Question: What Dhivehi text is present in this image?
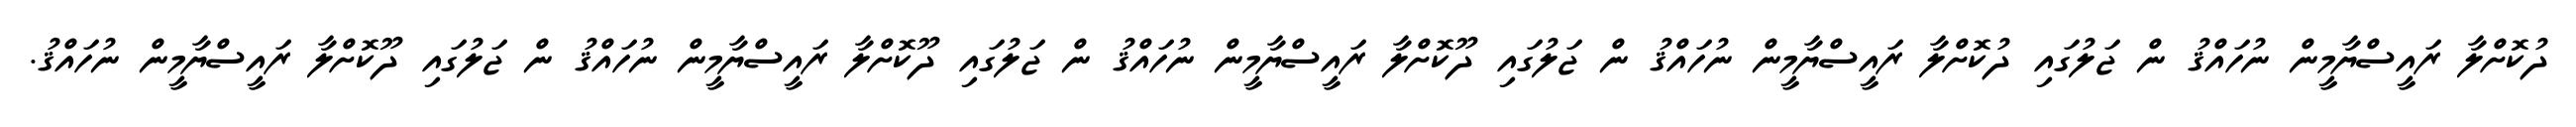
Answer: ދުކޮށްލާ ރައީސްޔާމީން ނުހައްޤު ން ޖަލުގައި ދުކޮށްލާ ރައީސްޔާމީން ނުހައްޤު ން ޖަލުގައި ދޫކޮށްލާ ރައީސްޔާމީން ނުހައްޤު ން ޖަލުގައި ދޫކޮށްލާ ރައީސްޔާމީން ނުހައްޤު ން ޖަލުގައި ދޫކޮށްލާ ރައީސްޔާމީން ނުހައްޤު.